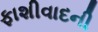
ફાશીવાદની